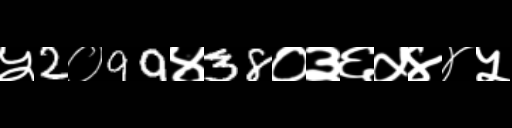
Text: ५2०99४38०३६५४४५